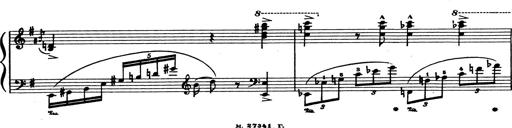
Title: Grosses Konzertsolo
Composer: Franz Liszt